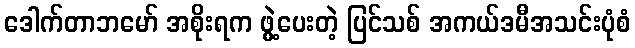
ဒေါက်တာဘမော် အစိုးရက ဖွဲ့ပေးတဲ့ ပြင်သစ် အကယ်ဒမီအသင်းပုံစံ